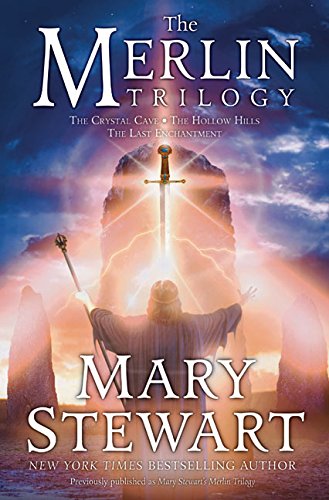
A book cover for The Merlin Trilogy; Mary Stewart; Science Fiction & Fantasy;